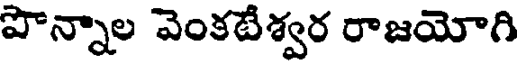
పొన్నాల వెంకటేశ్వర రాజయోగి